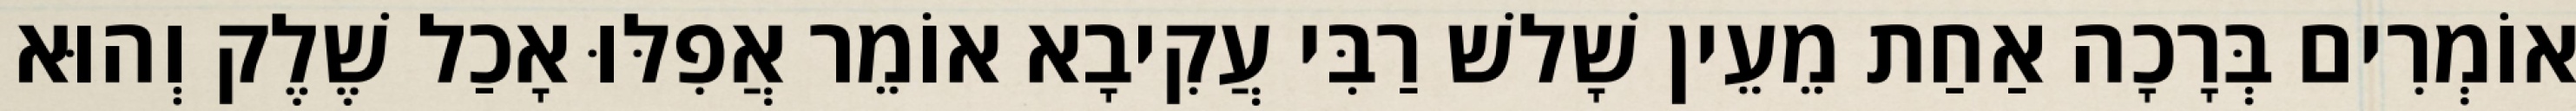
אוֹמְרִים בְּרָכָה אַחַת מֵעֵין שָׁלשׁ רַבִּי עֲקִיבָא אוֹמֵר אֲפִלּוּ אָכַל שֶׁלֶק וְהוּא